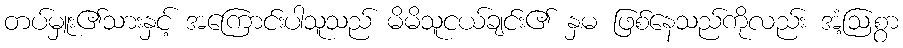
တပ်မှူး၏သားနှင့် အကြောင်းပါသူသည် မိမိသူငယ်ချင်း၏ နှမ ဖြစ်နေသည်ကိုလည်း အံ့ဩစွာ